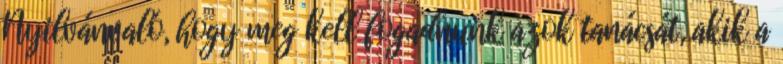
Nyilvánvaló, hogy meg kell fogadnunk azok tanácsát, akik a